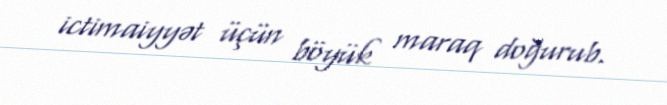
ictimaiyyət üçün böyük maraq doğurub.